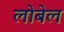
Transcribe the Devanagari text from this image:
लोबेल